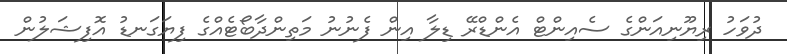
ދުވަހު ރިޔޫނިއަންގެ ސެއިންޓް އެންޑްރޭ ޑިލާ އިން ފެނުނު މަތިންދާބޯޓެއްގެ ފިޔަގަނޑު އޮފިޝަލުން